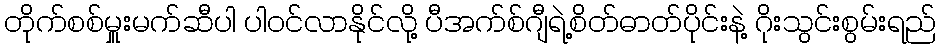
တိုက်စစ်မှူးမက်ဆီပါ ပါဝင်လာနိုင်လို့ ပီအက်စ်ဂျီရဲ့စိတ်ဓာတ်ပိုင်းနဲ့ ဂိုးသွင်းစွမ်းရည်